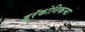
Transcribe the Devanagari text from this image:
ड्रॅकोनिकचा